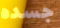
جسده